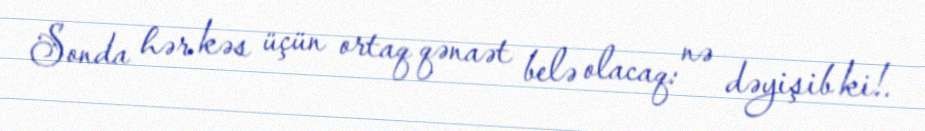
Sonda hər kəs üçün ortaq qənaət belə olacaq: nə dəyişib ki!.